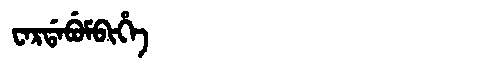
Manchu: ᠸᠠᡵᡩᠠᠪᡠᠮᠪᡳᡥᡝ
Romanization: WARDABUMBIHE